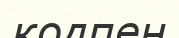
кодпен